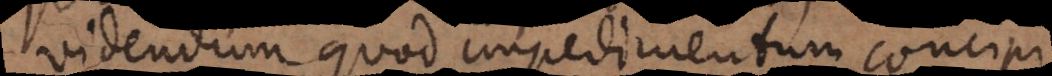
videndum quod impedimentum concipi